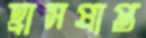
হ্রাসপ্রাপ্ত